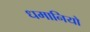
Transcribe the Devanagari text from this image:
धमानियो